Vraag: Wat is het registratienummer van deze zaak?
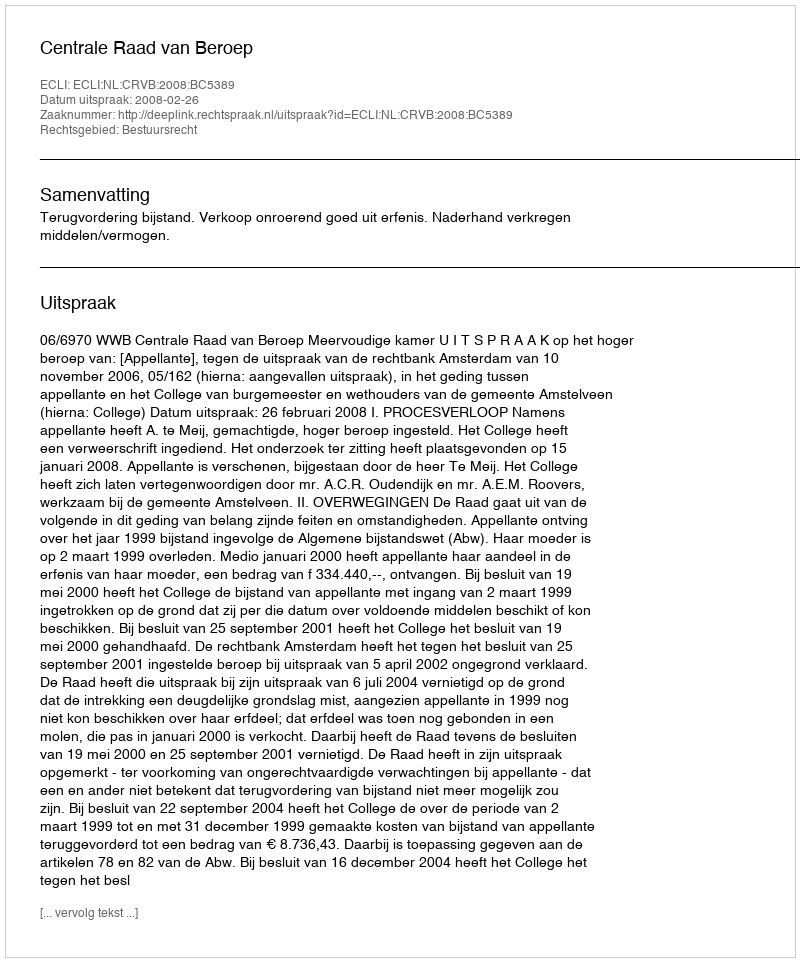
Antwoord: http://deeplink.rechtspraak.nl/uitspraak?id=ECLI:NL:CRVB:2008:BC5389